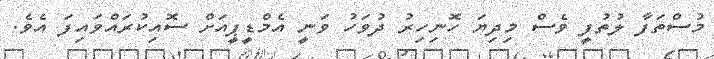
މުސްތަފާ ލުތުފީ ވެސް މިދިޔަ ހޮނިހިރު ދުވަހު ވަނީ އެމްޑީޕީއަށް ސޮއިކުރައްވައިފަ އެވެ.